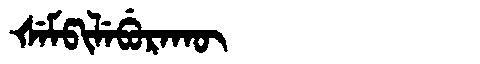
Manchu: ᡧᡝᠮᡦᡳᠯᡝᠪᡠᡵᠠᡴᡡ
Romanization: ŠEMPILEBURAKŪ